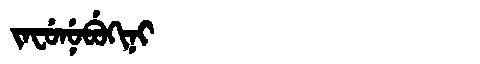
Manchu: ᠵᠠᠸᡠᠨᡠᠪᡠᡴᡳᠨᡳ
Romanization: JAFUNUBUKINI